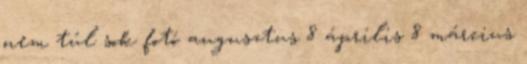
nem túl sok fotó augusztus 8 április 8 március